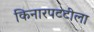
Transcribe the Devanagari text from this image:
किनारपटटीला